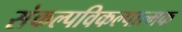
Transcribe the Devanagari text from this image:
संकल्पविकल्पात्मक